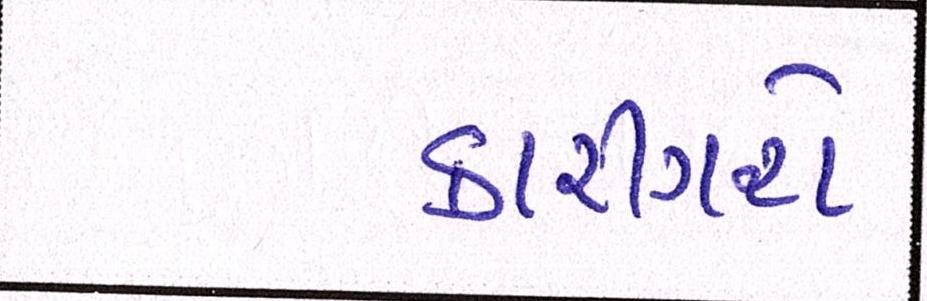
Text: કારીગરો